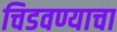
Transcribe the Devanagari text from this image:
चिडवण्याचा